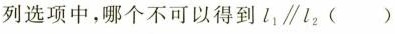
列选项中，哪个不可以得到l1 \parallel l2 ( )